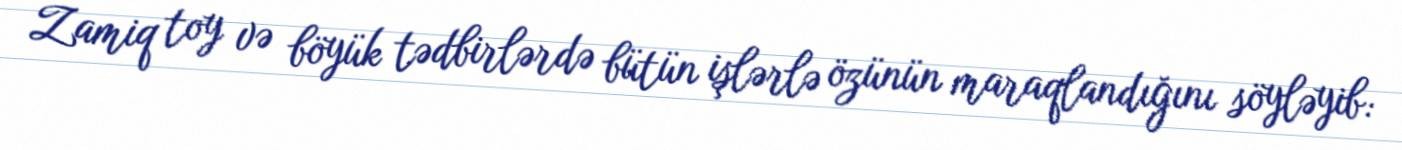
Zamiq toy və böyük tədbirlərdə bütün işlərlə özünün maraqlandığını söyləyib: